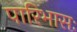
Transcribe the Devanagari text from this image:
पारिभासः